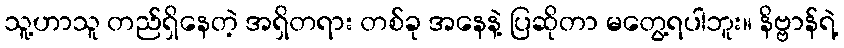
သူ့ဟာသူ တည်ရှိနေတဲ့ အရှိတရား တစ်ခု အနေနဲ့ ပြဆိုတာ မတွေ့ရပါဘူး။ နိဗ္ဗာန်ရဲ့